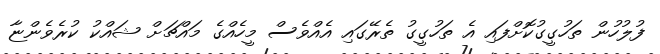
ފުލުހުން ތަހުގީގުކޮށްފައި އެ ތަހުގީގު ތެރޭގައި އެއްވެސް މީހެއްގެ މައްޗަށް ޝައްކު ކުރެވެންޏާ